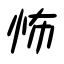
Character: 怖